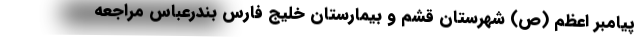
پیامبر اعظم (ص) شهرستان قشم و بیمارستان خلیج فارس بندرعباس مراجعه